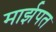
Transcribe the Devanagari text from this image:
मार्झपत